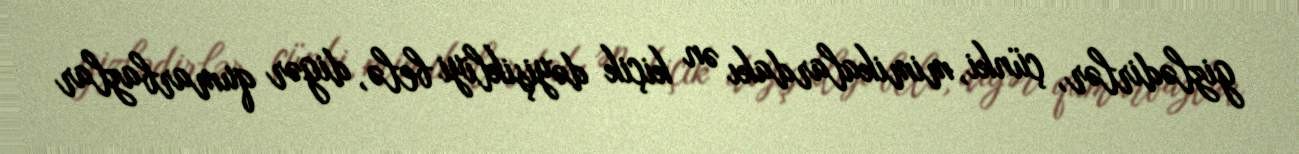
gizlədirlər, çünki, mimikalardakı ən kiçik dəyişikliyi belə, digər qumarbazlar